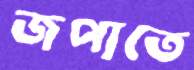
জপাতে